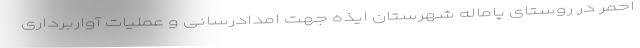
احمر در روستای پاماله شهرستان ایذه جهت امدادرسانی و عملیات آواربرداری